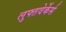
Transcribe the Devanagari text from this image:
लुफ्तवेर्केर्स